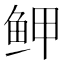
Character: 𱇟